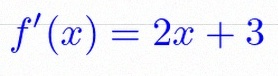
f'(x)=2x+3